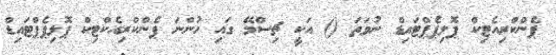
ޕެންކްރިއެޓިކް ޕޮލިޕެޕްޓައިޑް ނުވަތަ () އަކީ ޗިސްމޭ ގައި ހުންނަ ޕެންކްރިއެކްޓިކް ޕޮލިޕެޕްޓައިޑް